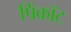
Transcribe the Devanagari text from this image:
पिंकॉट